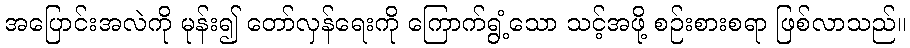
အပြောင်းအလဲကို မုန်း၍ တော်လှန်ရေးကို ကြောက်ရွံ့သော သင့်အဖို့ စဉ်းစားစရာ ဖြစ်လာသည်။